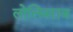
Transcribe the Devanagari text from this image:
लोलिवराज